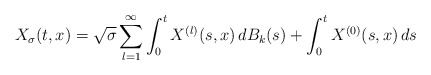
\begin{align*}X_{\sigma}(t,x)=\sqrt{\sigma}\sum_{l=1}^{\infty}\int_{0}^{t}X^{(l)}(s,x)\, dB_{k}(s)+\int_{0}^{t}X^{(0)}(s,x)\, ds\end{align*}